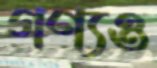
গণ্যও